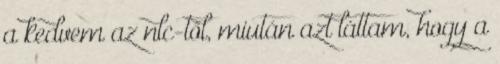
a kedvem az nlc-től, miután azt láttam, hogy a